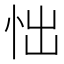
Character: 㤕